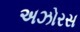
અઝોરસ